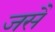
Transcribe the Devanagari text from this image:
जसै